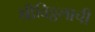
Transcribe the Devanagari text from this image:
श्रीविठ्ठलाची